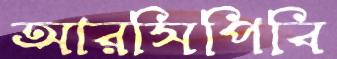
আরসিপিবি